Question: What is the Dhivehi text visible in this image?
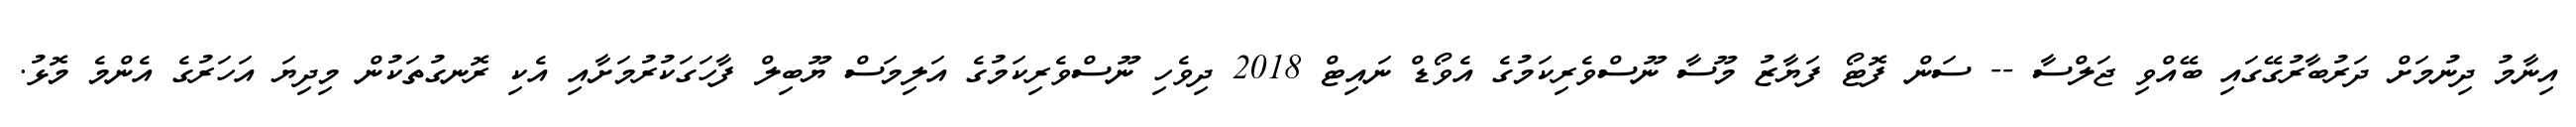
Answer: އިނާމު ދިނުމަށް ދަރުބާރުގޭގައި ބޭއްވި ޖަލްސާ -- ސަން ފޮޓޯ ފަޔާޒު މޫސާ ނޫސްވެރިކަމުގެ އެވޯޑް ނައިޓް 2018 ދިވެހި ނޫސްވެރިކަމުގެ އަލިމަސް ޔޫބިލް ފާހަގަކުރުމަށާއި އެކި ރޮނގުތަކުން މިދިޔަ އަހަރުގެ އެންމެ މޮޅު.